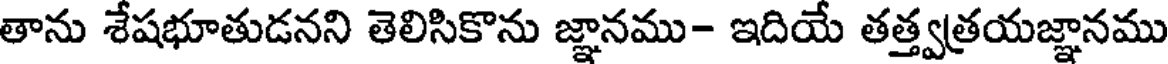
తాను శేషభూతుడనని తెలిసికొను జ్ఞానము- ఇదియే తత్త్వత్రయజ్ఞానము